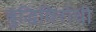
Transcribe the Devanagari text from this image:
बुद्धिविरोधी